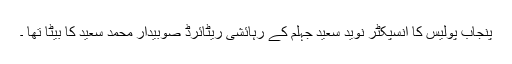
پنجاب پولیس کا انسپکٹر نوید سعید جہلم کے رہائشی ریٹائرڈ صوبیدار محمد سعید کا بیٹا تھا ۔